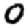
Digit: 0